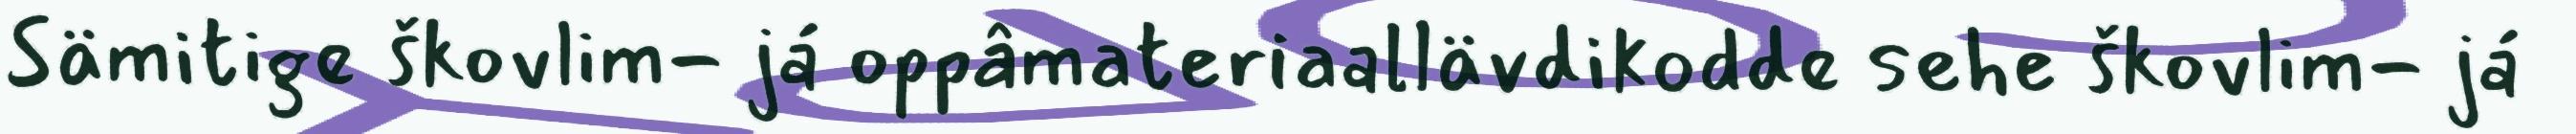
Sämitige škovlim- já oppâmateriaallävdikodde sehe škovlim- já